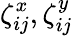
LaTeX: \zeta_{ij}^{x},\zeta_{ij}^{y}